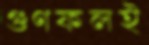
গুণফলই